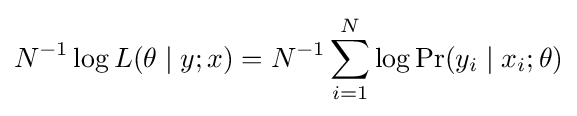
N^{-1}\log L(\theta \mid y;x)=N^{-1}\sum _{i=1}^{N}\log \Pr(y_{i}\mid x_{i};\theta )